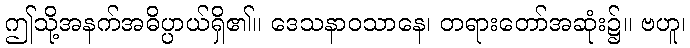
ဤသို့အနက်အဓိပ္ပာယ်ရှိ၏။ ဒေသနာဝသာနေ၊ တရားတော်အဆုံး၌။ ဗဟူ၊